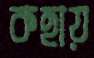
কহায়